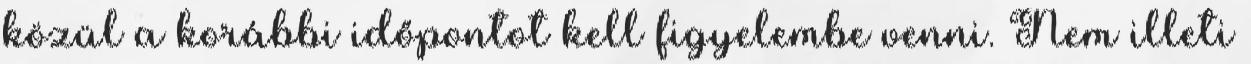
közül a korábbi időpontot kell figyelembe venni. Nem illeti